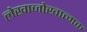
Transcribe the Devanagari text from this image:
लेखाजोखात्मक